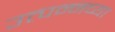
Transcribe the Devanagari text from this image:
उत्पन्नच्या